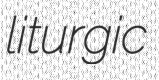
liturgic